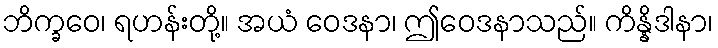
ဘိက္ခဝေ၊ ရဟန်းတို့။ အယံ ဝေဒနာ၊ ဤဝေဒနာသည်။ ကိန္နိဒါနာ၊